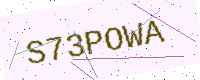
Text: S73POWA